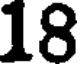
18